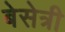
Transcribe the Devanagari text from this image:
बेसेत्री